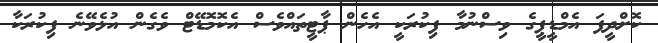
ކޮށްދީފަ އެމްޑީޕީގެ ވިސްނުމާ ފިކުރަކީ އެހެން ޕާޓީތައްވެސް އެކޮމޮޑޭޓް ވެގެން އުޅެވޭނެ ފިކުރަކާ